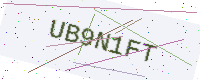
Text: UB9N1FT